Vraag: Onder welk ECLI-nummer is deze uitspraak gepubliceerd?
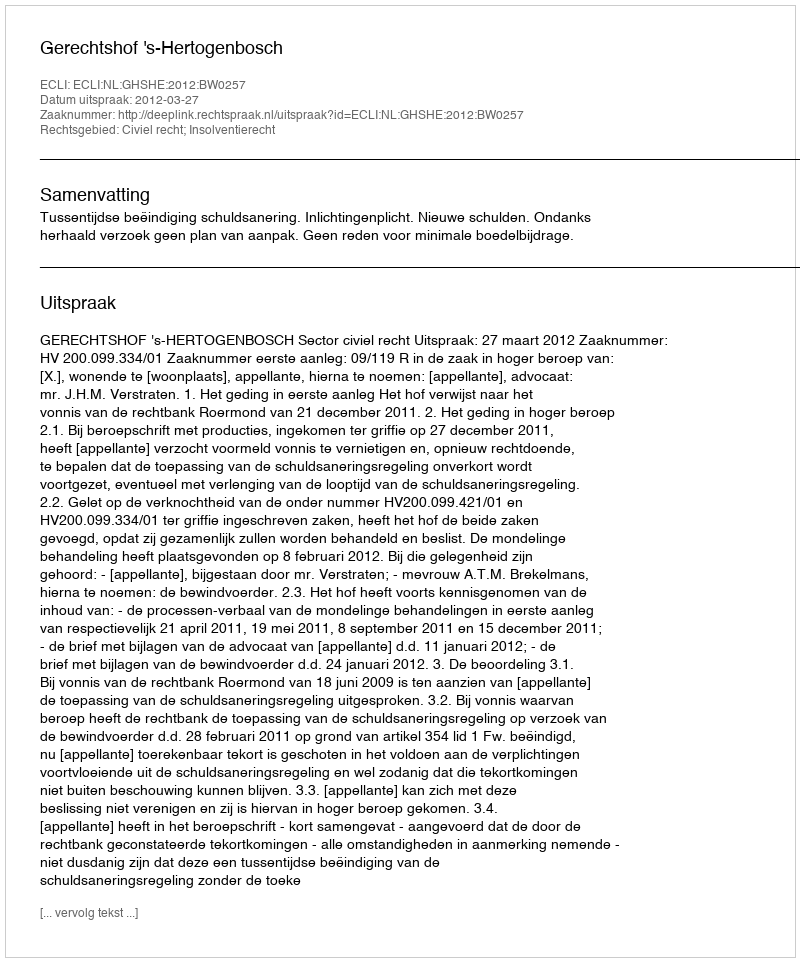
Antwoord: ECLI:NL:GHSHE:2012:BW0257